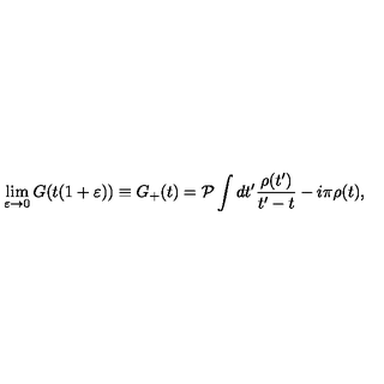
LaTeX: \lim _ { \varepsilon \rightarrow 0 } G ( t ( 1 + \varepsilon ) ) \equiv G _ { + } ( t ) = { \cal P } \int d t ^ { \prime } \frac { \rho ( t ^ { \prime } ) } { t ^ { \prime } - t } - i \pi \rho ( t ) ,